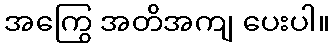
အကြွေ အတိအကျ ပေးပါ။